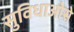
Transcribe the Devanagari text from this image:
सुविधाओसे